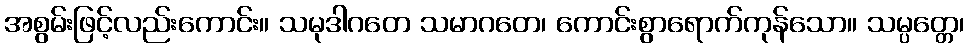
အစွမ်းဖြင့်လည်းကောင်း။ သမုဒါဂတေ သမာဂတေ၊ ကောင်းစွာရောက်ကုန်သော။ သမ္ပတ္တေ၊